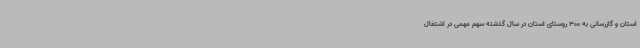
استان و گازرسانی به 300 روستای استان در سال گذشته سهم مهمی در اشتغال